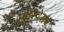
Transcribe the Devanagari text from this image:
एक्स्प्रेसव